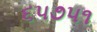
૬૫૭૫૧